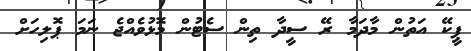
ޕީކޭ އަތުން މާދަމާ ރޭ ސީދާ ތިން ސެޓުން މޮޅުވެއްޖެ ނަމަ ޕޮލިހަށް